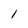
Character: l